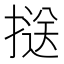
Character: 𢱤